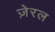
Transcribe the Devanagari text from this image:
ज़ेरल